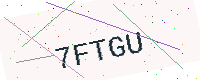
Text: 7FTGU